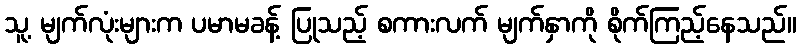
သူ့ မျက်လုံးများက ပမာမခန့် ပြုသည့် စကားလက် မျက်နှာကို စိုက်ကြည့်နေသည်။